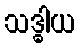
သဒ္ဓါယ